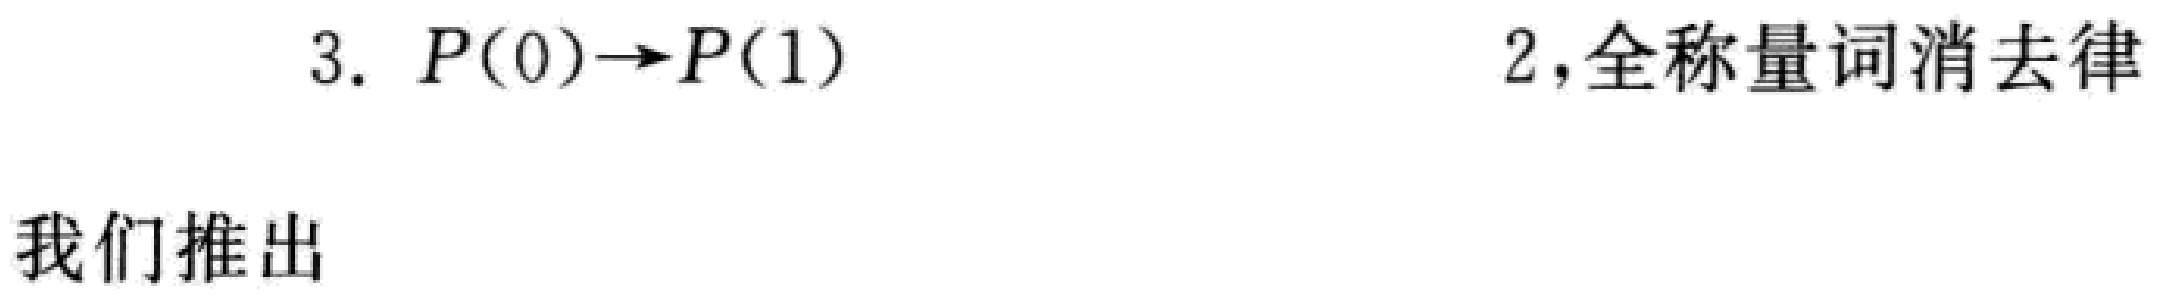
3. \(P(0)\to P(1)\)  2，全称量词消去律

我们推出